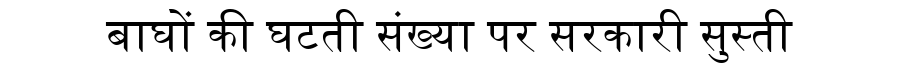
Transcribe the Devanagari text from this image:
बाघों की घटती संख्या पर सरकारी सुस्ती